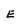
Character: E